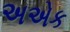
અએક